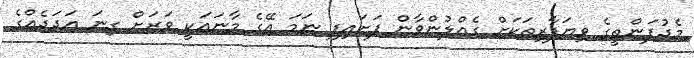
މެދުފަންތީގެ ވިޔަފާރިތަކަށް ގެއްލުންވާން ފަށައިފި ނަމަ އޭގެ މާނައަކީ ވަރަށް ގިނަ އަދަދެއްގެ